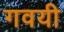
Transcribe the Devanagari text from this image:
गवयी